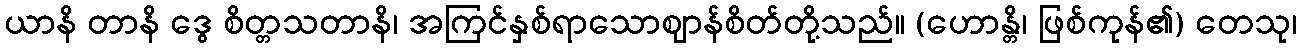
ယာနိ တာနိ ဒွေ စိတ္တသတာနိ၊ အကြင်နှစ်ရာသောဈာန်စိတ်တို့သည်။ (ဟောန္တိ၊ ဖြစ်ကုန်၏) တေသု၊